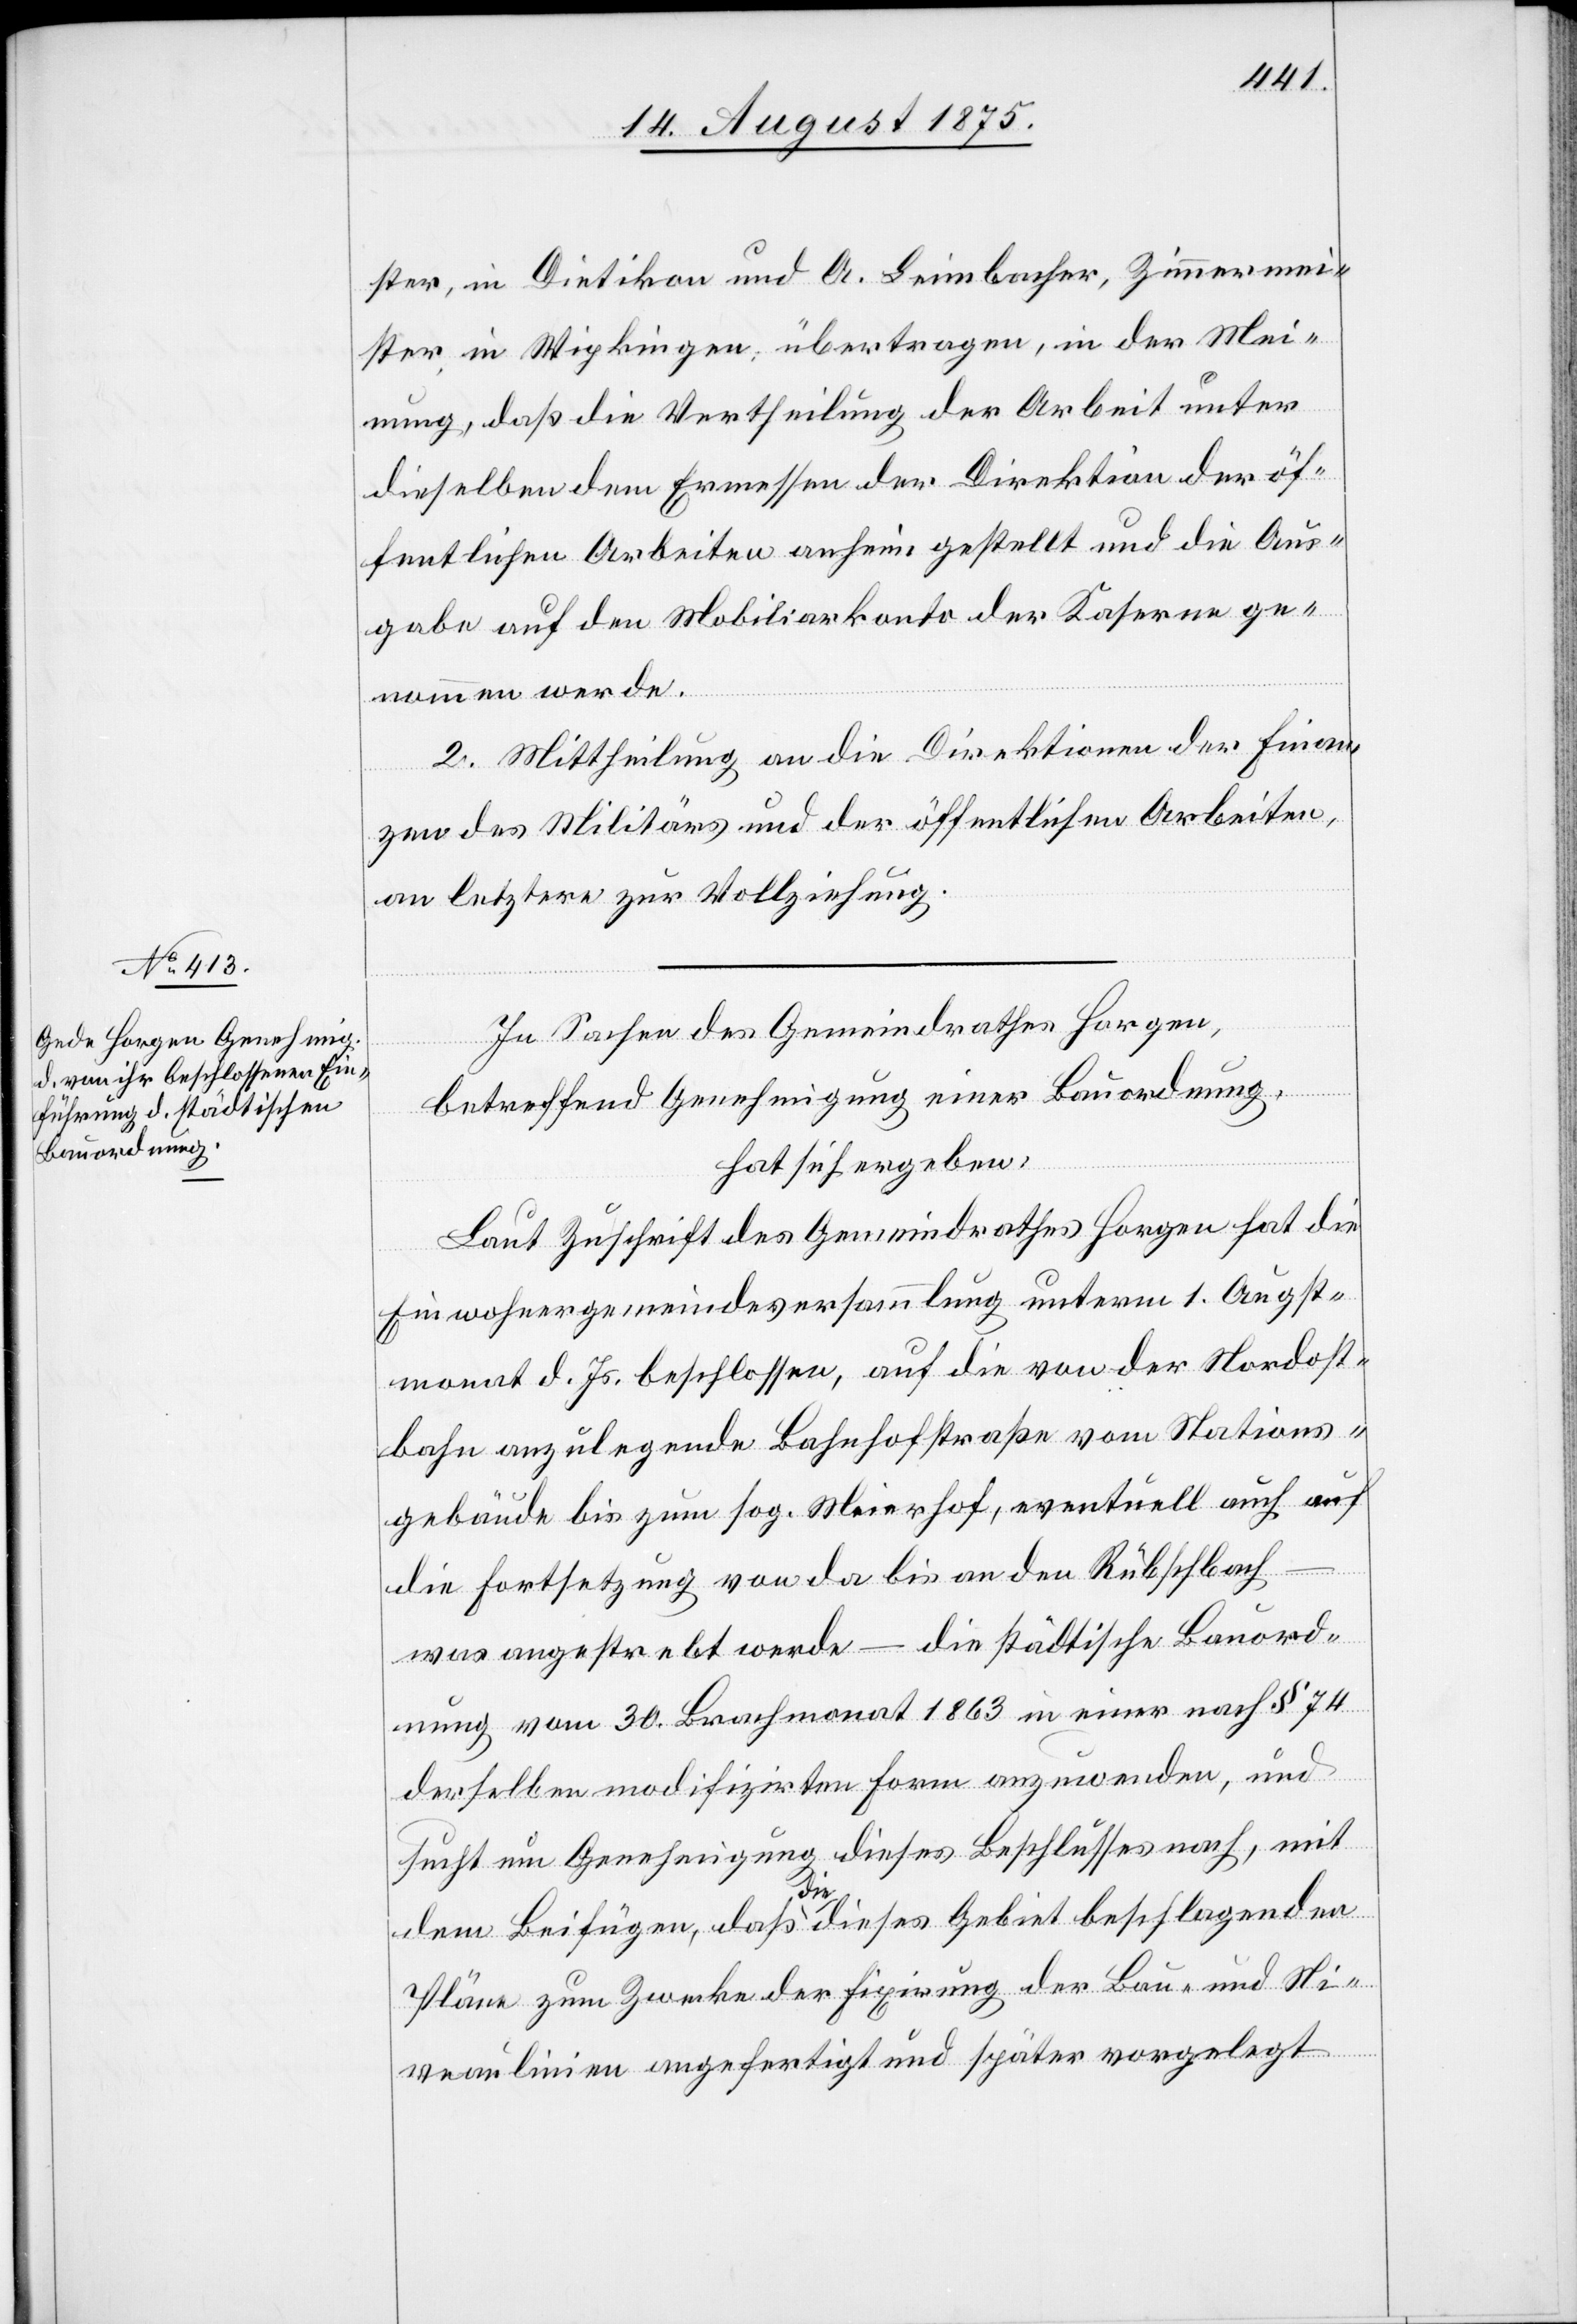
ster, in Dietikon und A. Leimbacher, Zimmermei¬
ster in Wipkingen übertragen, in der Mei¬
nung, daß die Vertheilung der Arbeit unter
dieselben dem Ermessen der Direktion der öf¬
fentlichen Arbeiten anheim gestellt und die Aus¬
gabe auf den Mobiliarkonto der Kaserne ge¬
nommen werde.
2. Mittheilung an die Direktionen der Finan¬
zen[,] des Militärs und der öffentlichen Arbeiten,
an letztere zur Vollziehung.
In Sachen des Gemeindrathes Horgen,
betreffend Genehmigung einer Bauordnung,
hat sich ergeben:
Laut Zuschrift des Gemeindrathes Horgen hat die
Einwohnergemeindsversammlung unterm 1. Augst¬
monat d. Js. beschlossen, auf die von der Nordost¬
bahn anzulegende Bahnhofstraße vom Stations¬
gebäude bis zum sog. Meierhof, eventuell auch auf
die Fortsetzung von da bis an den Rübschbach
was angestrebt werde – die städtische Bauord¬
nung vom 30. Brachmonat 1863 in einer nach § 74
derselben modifizirten Form anzuwenden, und
sucht um Genehmigung dieses Beschlusses nach, mit
dem Beifügen, daß die dieses Gebiet beschlagenden
Pläne zum Zwecke der Fixirung der Bau- und Ni¬
veaulinien angefertigt und später vorgelegt